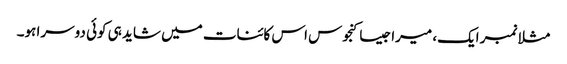
مثلا نمبر ایک، میرا جیسا کنجوس اس کائنات میں شاید ہی کوئی دوسرا ہو۔